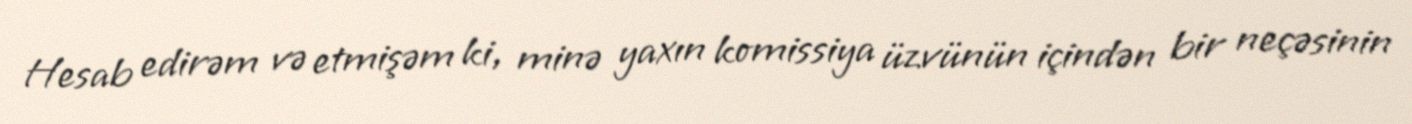
Hesab edirəm və etmişəm ki, minə yaxın komissiya üzvünün içindən bir neçəsinin